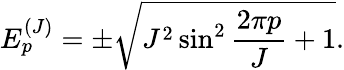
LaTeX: E_{p}^{(J)}=\pm\sqrt{J^{2}\sin^{2}\frac{2\pi p}{J}+1}.